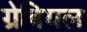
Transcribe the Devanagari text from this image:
ग्रेबियल